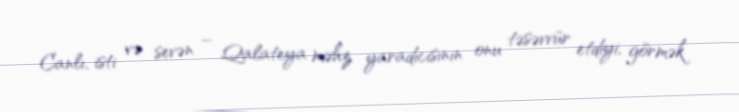
Canlı, isti və sevən – Qalateya məhz yaradıcısının onu təsəvvür etdiyi, görmək